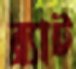
ব্র্যাট